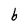
Character: b